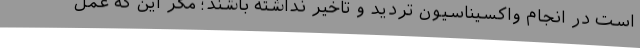
است در انجام واکسیناسیون تردید و تاخیر نداشته باشند؛ مگر این‌ که عمل